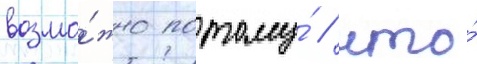
возмо́жно потому́ / что́